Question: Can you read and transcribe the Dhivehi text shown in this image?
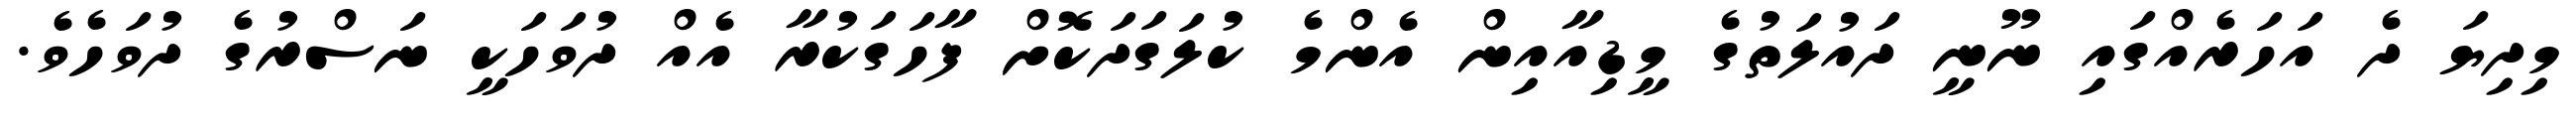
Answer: މިދިޔަ ދެ އަހަރެއްގައި ނޫނީ ދައުލަތުގެ މީޑިއާއިން އެންމެ ކުލަގަދަކޮށް ފާހަގަކުރާ އެއް ދުވަހަކީ ނަސްރުގެ ދުވަހެވެ.